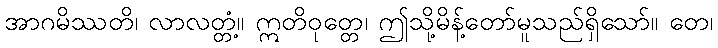
အာဂမိဿတိ၊ လာလတ္တံ့။ ဣတိဝုတ္တေ၊ ဤသို့မိန့်တော်မူသည်ရှိသော်။ တေ၊